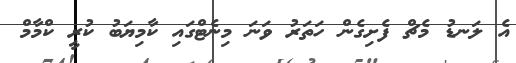
އެ ލަނޑު މެޗް ފެށިގެން ހަތަރު ވަނަ މިނެޓްގައި ކާމިޔަބު ކުރީ ކްމާމް